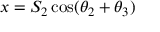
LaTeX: x = S _ { 2 } \cos ( \theta _ { 2 } + \theta _ { 3 } )